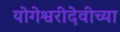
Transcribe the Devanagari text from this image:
योगेश्वरीदेवीच्या